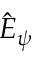
\hat { E } _ { \psi }